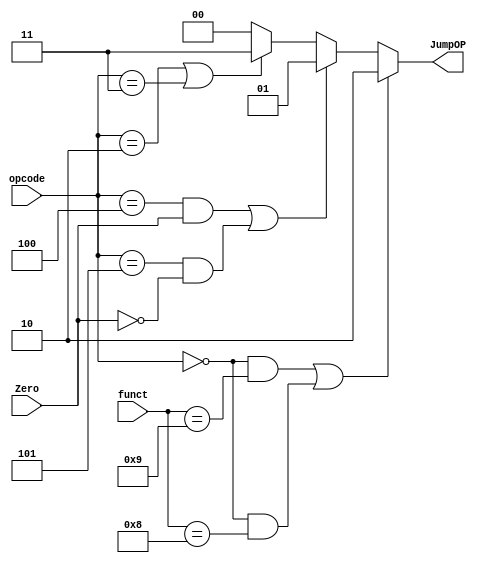
// Jump_Ctrl


module Jump_Ctrl( Zero,
                  JumpOP
		// write your code in here
				,opcode,funct);

	input Zero;
	input[5:0]opcode,funct;
	output [1:0] JumpOP;
	reg [1:0] JumpOP;		
	// write your code in here
	
	
always@(opcode or funct or Zero)
	begin
	
	JumpOP =((opcode==6'b000000&&funct==6'b001001)||(opcode==6'b000000&&funct==6'b001000))?2'b10://jr jalr
		((opcode==6'b000100&&Zero==1'b1)||(opcode==6'b000101&&Zero==1'b0))?2'b01://bne bnq	
		(opcode==6'b000010||opcode==6'b000011)?2'b11:2'b00;//j jal:others

	end

	
endmodule